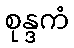
စုန္ဒကံ